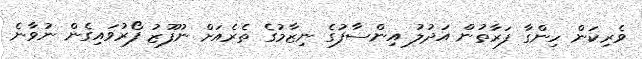
ވެރިކަން ހިންގާ ފަރާތުން އަދުލު އިންސާފުގެ ނިޒާމުގެ ތެރެއަށް ނުފޫޒު ފޯރުވައިގެން ނުވާނެ